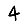
Digit: 4